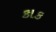
કાક